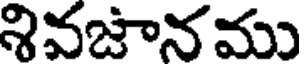
శివజానము